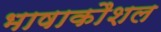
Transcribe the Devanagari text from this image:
भाषाकौशल